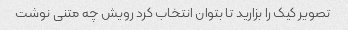
تصویر کیک را بزارید تا بتوان انتخاب کرد رویش چه متنی نوشت